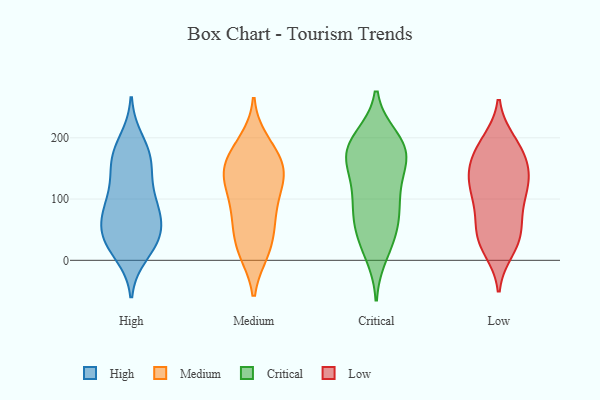
{"axis": {"x": "Population (Million)", "y": "Value"}, "legend": ["Critical", "High", "Low", "Medium"], "data": [{"x": "", "y": 35, "type": "High"}, {"x": "", "y": 86, "type": "High"}, {"x": "", "y": 160, "type": "High"}, {"x": "", "y": 155, "type": "High"}, {"x": "", "y": 77, "type": "High"}, {"x": "", "y": 174, "type": "High"}, {"x": "", "y": 45, "type": "High"}, {"x": "", "y": 103, "type": "High"}, {"x": "", "y": 29, "type": "High"}, {"x": "", "y": 41, "type": "High"}, {"x": "", "y": 74, "type": "High"}, {"x": "", "y": 195, "type": "High"}, {"x": "", "y": 79, "type": "High"}, {"x": "", "y": 122, "type": "High"}, {"x": "", "y": 167, "type": "High"}, {"x": "", "y": 28, "type": "High"}, {"x": "", "y": 11, "type": "High"}, {"x": "", "y": 170, "type": "Medium"}, {"x": "", "y": 130, "type": "Medium"}, {"x": "", "y": 186, "type": "Medium"}, {"x": "", "y": 61, "type": "Medium"}, {"x": "", "y": 75, "type": "Medium"}, {"x": "", "y": 96, "type": "Medium"}, {"x": "", "y": 156, "type": "Medium"}, {"x": "", "y": 130, "type": "Medium"}, {"x": "", "y": 15, "type": "Medium"}, {"x": "", "y": 15, "type": "Medium"}, {"x": "", "y": 13, "type": "Medium"}, {"x": "", "y": 157, "type": "Medium"}, {"x": "", "y": 44, "type": "Medium"}, {"x": "", "y": 74, "type": "Medium"}, {"x": "", "y": 151, "type": "Medium"}, {"x": "", "y": 129, "type": "Medium"}, {"x": "", "y": 194, "type": "Medium"}, {"x": "", "y": 127, "type": "Medium"}, {"x": "", "y": 142, "type": "Critical"}, {"x": "", "y": 187, "type": "Critical"}, {"x": "", "y": 199, "type": "Critical"}, {"x": "", "y": 44, "type": "Critical"}, {"x": "", "y": 94, "type": "Critical"}, {"x": "", "y": 33, "type": "Critical"}, {"x": "", "y": 11, "type": "Critical"}, {"x": "", "y": 163, "type": "Critical"}, {"x": "", "y": 172, "type": "Critical"}, {"x": "", "y": 58, "type": "Critical"}, {"x": "", "y": 83, "type": "Critical"}, {"x": "", "y": 181, "type": "Critical"}, {"x": "", "y": 193, "type": "Critical"}, {"x": "", "y": 169, "type": "Critical"}, {"x": "", "y": 90, "type": "Critical"}, {"x": "", "y": 122, "type": "Critical"}, {"x": "", "y": 54, "type": "Low"}, {"x": "", "y": 136, "type": "Low"}, {"x": "", "y": 103, "type": "Low"}, {"x": "", "y": 190, "type": "Low"}, {"x": "", "y": 183, "type": "Low"}, {"x": "", "y": 25, "type": "Low"}, {"x": "", "y": 52, "type": "Low"}, {"x": "", "y": 82, "type": "Low"}, {"x": "", "y": 92, "type": "Low"}, {"x": "", "y": 194, "type": "Low"}, {"x": "", "y": 177, "type": "Low"}, {"x": "", "y": 17, "type": "Low"}, {"x": "", "y": 112, "type": "Low"}, {"x": "", "y": 136, "type": "Low"}, {"x": "", "y": 39, "type": "Low"}, {"x": "", "y": 150, "type": "Low"}, {"x": "", "y": 31, "type": "Low"}, {"x": "", "y": 126, "type": "Low"}, {"x": "", "y": 137, "type": "Low"}, {"x": "", "y": 160, "type": "Low"}]}